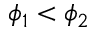
\phi _ { 1 } < \phi _ { 2 }